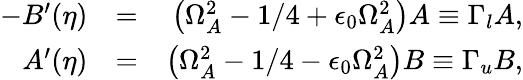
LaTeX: \begin{array}{rlr}{-B^{\prime}(\eta)}&{=}&{\left(\Omega_{A}^{2}-1/4+\epsilon_{0}\Omega_{A}^{2}\right)A\equiv\Gamma_{l}A,}\\ {A^{\prime}(\eta)}&{=}&{\left(\Omega_{A}^{2}-1/4-\epsilon_{0}\Omega_{A}^{2}\right)B\equiv\Gamma_{u}B,}\end{array}